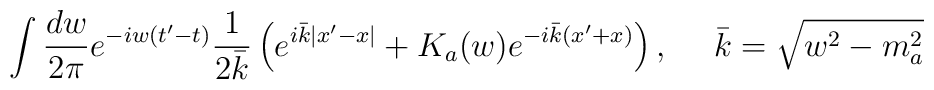
\int \frac{dw}{2 \pi} e^{-iw(t'-t)} \frac{1}{2 \bar{k}} \left(  e^{i \bar{k} |x'-x|} +K_a(w)  e^{-i \bar{k} (x'+x)} \right),  ~~~~ \bar{k}=\sqrt{w^2-m_a^2}